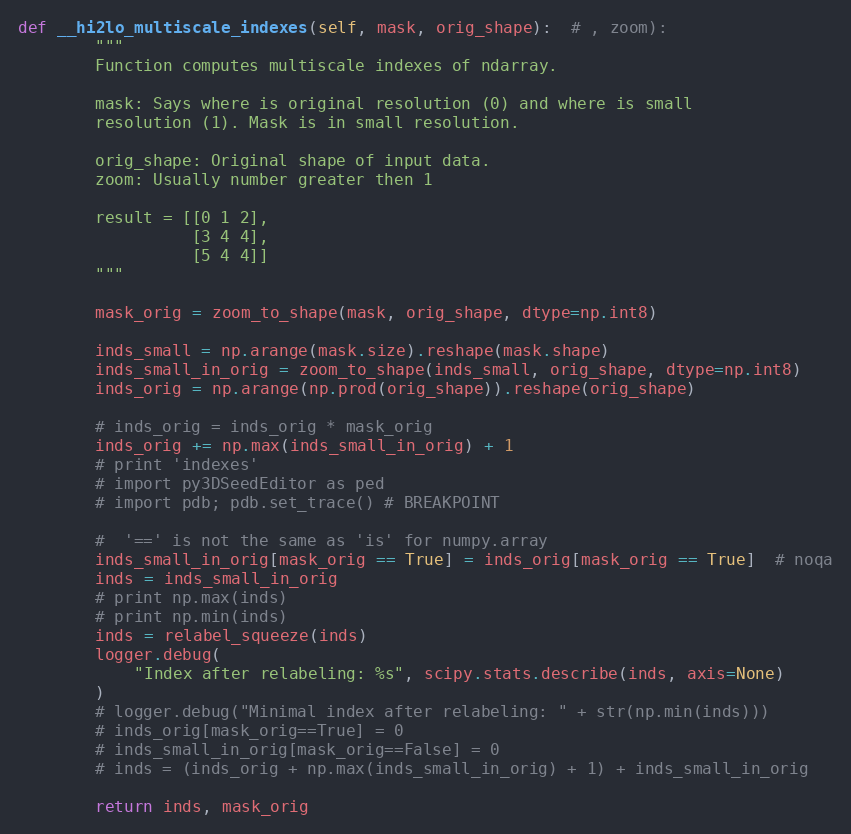
Language: Python
def __hi2lo_multiscale_indexes(self, mask, orig_shape):  # , zoom):
        """
        Function computes multiscale indexes of ndarray.

        mask: Says where is original resolution (0) and where is small
        resolution (1). Mask is in small resolution.

        orig_shape: Original shape of input data.
        zoom: Usually number greater then 1

        result = [[0 1 2],
                  [3 4 4],
                  [5 4 4]]
        """

        mask_orig = zoom_to_shape(mask, orig_shape, dtype=np.int8)

        inds_small = np.arange(mask.size).reshape(mask.shape)
        inds_small_in_orig = zoom_to_shape(inds_small, orig_shape, dtype=np.int8)
        inds_orig = np.arange(np.prod(orig_shape)).reshape(orig_shape)

        # inds_orig = inds_orig * mask_orig
        inds_orig += np.max(inds_small_in_orig) + 1
        # print 'indexes'
        # import py3DSeedEditor as ped
        # import pdb; pdb.set_trace() # BREAKPOINT

        #  '==' is not the same as 'is' for numpy.array
        inds_small_in_orig[mask_orig == True] = inds_orig[mask_orig == True]  # noqa
        inds = inds_small_in_orig
        # print np.max(inds)
        # print np.min(inds)
        inds = relabel_squeeze(inds)
        logger.debug(
            "Index after relabeling: %s", scipy.stats.describe(inds, axis=None)
        )
        # logger.debug("Minimal index after relabeling: " + str(np.min(inds)))
        # inds_orig[mask_orig==True] = 0
        # inds_small_in_orig[mask_orig==False] = 0
        # inds = (inds_orig + np.max(inds_small_in_orig) + 1) + inds_small_in_orig

        return inds, mask_orig